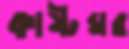
কাষ্টঘর